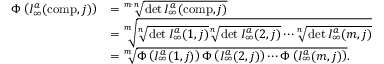
\begin{array} { r l } { \Phi \left( { \cal I } _ { \infty } ^ { a } ( \mathrm { c o m p } , j ) \right) } & { = \sqrt [ m \cdot n ] { \operatorname* { d e t } { \cal I } _ { \infty } ^ { a } ( \mathrm { c o m p } , j ) } } \\ & { = \sqrt [ m ] { \sqrt [ n ] { \operatorname* { d e t } { \cal I } _ { \infty } ^ { a } ( 1 , j ) } \sqrt [ n ] { \operatorname* { d e t } { \cal I } _ { \infty } ^ { a } ( 2 , j ) } \cdots \sqrt [ n ] { \operatorname* { d e t } { \cal I } _ { \infty } ^ { a } ( m , j ) } } } \\ & { = \sqrt [ m ] { \Phi \left( { \cal I } _ { \infty } ^ { a } ( 1 , j ) \right) \Phi \left( { \cal I } _ { \infty } ^ { a } ( 2 , j ) \right) \cdots \Phi \left( { \cal I } _ { \infty } ^ { a } ( m , j ) \right) } . } \end{array}